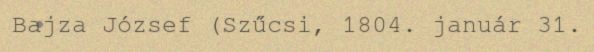
Bajza József (Szűcsi, 1804. január 31.